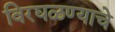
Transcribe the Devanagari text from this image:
विरघळण्याचे